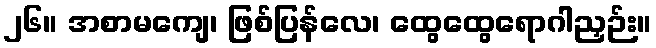
၂၆။ အစာမကျေ၊ ဖြစ်ပြန်လေ၊ ထွေထွေရောဂါညှဉ်း။